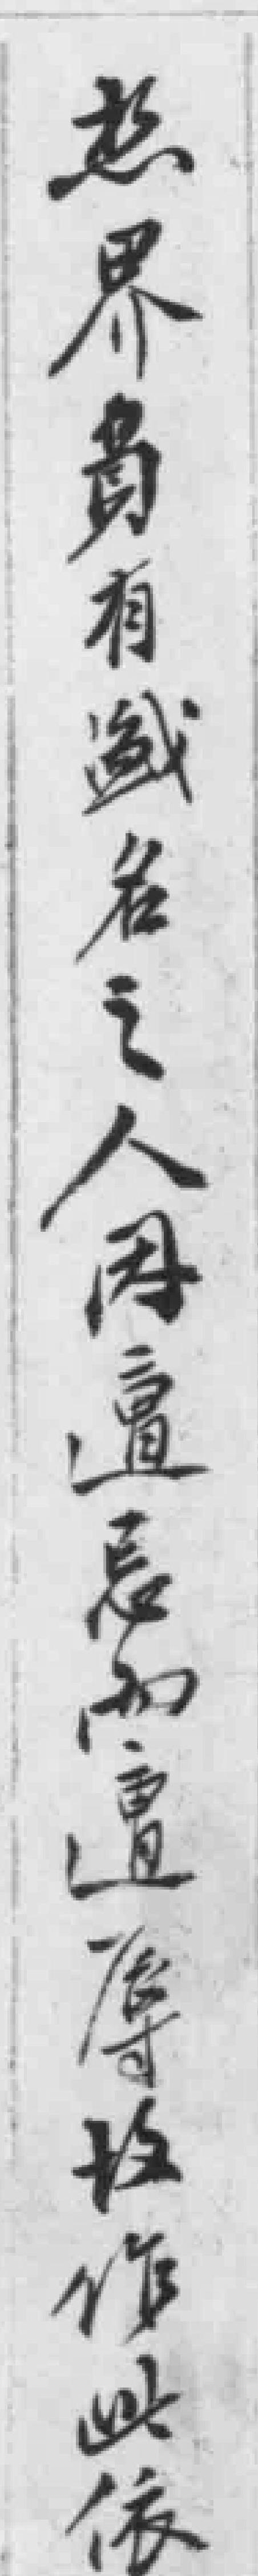
想界貴有盛名之人因遺忌而遺辱*作此依